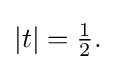
{\textstyle |t|={\frac {1}{2}}.}